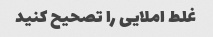
غلط املایی را تصحیح کنید